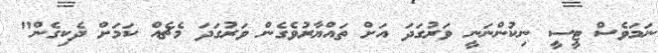
ނަމަވެސް ޓީސީ ނިކުންނަނީ ވަރުގަދަ އަށް ތައްޔާރުވެގެން ވަރުގަދަ މެޗެއް ކަމަށް ދެކިގެން"